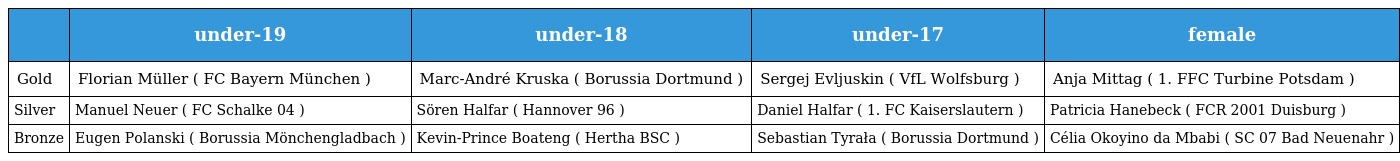
|  | under-19 | under-18 | under-17 | female |
 | --- | --- | --- | --- | --- |
 | Gold | Florian Müller ( FC Bayern München ) | Marc-André Kruska ( Borussia Dortmund ) | Sergej Evljuskin ( VfL Wolfsburg ) | Anja Mittag ( 1. FFC Turbine Potsdam ) |
 | Silver | Manuel Neuer ( FC Schalke 04 ) | Sören Halfar ( Hannover 96 ) | Daniel Halfar ( 1. FC Kaiserslautern ) | Patricia Hanebeck ( FCR 2001 Duisburg ) |
 | Bronze | Eugen Polanski ( Borussia Mönchengladbach ) | Kevin-Prince Boateng ( Hertha BSC ) | Sebastian Tyrała ( Borussia Dortmund ) | Célia Okoyino da Mbabi ( SC 07 Bad Neuenahr ) |